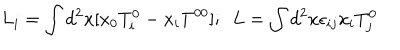
LaTeX: L _ { i } = \int d ^ { 2 } x [ x _ { 0 } T _ { i } ^ { 0 } - x _ { i } T ^ { 0 0 } ] ; \ \ L = \int d ^ { 2 } x \epsilon _ { i j } x _ { i } T _ { j } ^ { 0 }